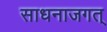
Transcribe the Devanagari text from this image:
साधनाजगत्